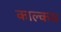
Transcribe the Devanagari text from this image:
काल्कस